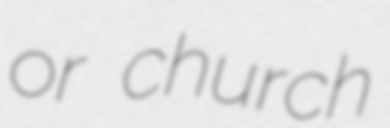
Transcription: or church